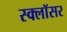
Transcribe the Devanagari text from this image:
स्क्लॉसर